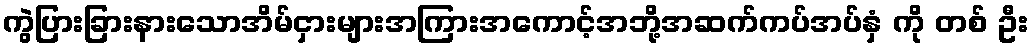
ကွဲပြားခြားနားသောအိမ်ငှားများအကြားအကောင့်အဘို့အဆက်ကပ်အပ်နှံ ကို တစ် ဦး